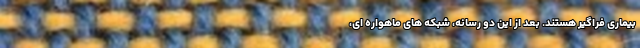
بیماری فراگیر هستند. بعد از این دو رسانه، شبکه­ های ماهواره­ ای،